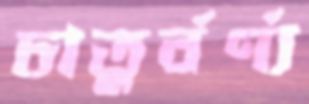
চাতুর্বর্ণ্য